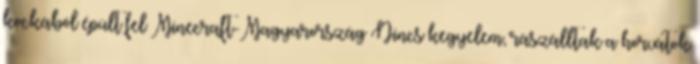
kockából épült fel Minecraft-Magyarország Nincs kegyelem, rászálltak a horvátok